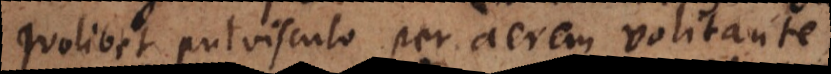
quolibet pulvisculo per aërem volitante,